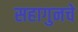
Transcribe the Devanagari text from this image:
सहागुनचे